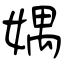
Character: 媀